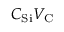
C _ { \mathrm { { S i } } } V _ { \mathrm { { C } } }